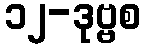
၁၂-ဒုဗ္ဗစ